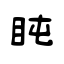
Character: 盹